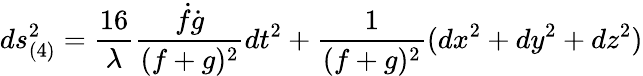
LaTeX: ds_{(4)}^{2}=\frac{16}{\lambda}\frac{\dot{f}\dot{g}}{(f+g)^{2}}dt^{2}+\frac{1}{(f+g)^{2}}(dx^{2}+dy^{2}+dz^{2})